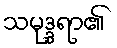
သမုဒ္ဒရာ၏